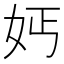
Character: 𡛔